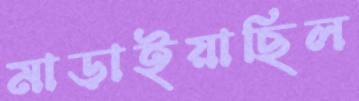
মাড়াইয়াছিল